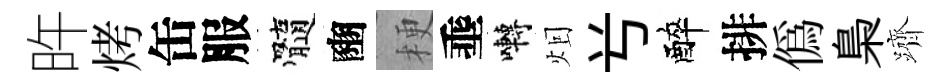
旿烤缶服髓豳梗埀囀𤇆𠔃醉排偽梟躋